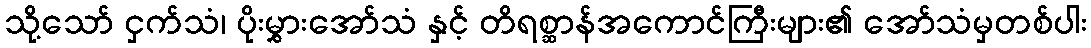
သို့သော် ငှက်သံ၊ ပိုးမွှားအော်သံ နှင့် တိရစ္ဆာန်အကောင်ကြီးများ၏ အော်သံမှတစ်ပါး